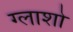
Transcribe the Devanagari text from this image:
ग्लाशो